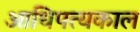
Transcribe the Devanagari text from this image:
आधिपत्यकाल